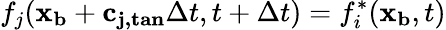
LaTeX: f_{j}(\mathbf{x_{b}}+\mathbf{c_{j,tan}}\Delta t,t+\Delta t)=f_{i}^{*}(\mathbf{x_{b}},t)